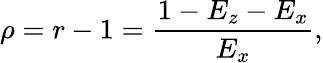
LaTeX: \rho=r-1=\frac{1-E_{z}-E_{x}}{E_{x}},